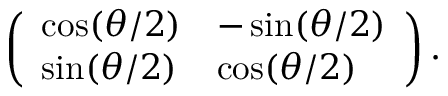
\left( \begin{array} { l l } { \cos ( \theta / 2 ) } & { - \sin ( \theta / 2 ) } \\ { \sin ( \theta / 2 ) } & { \cos ( \theta / 2 ) } \end{array} \right) .